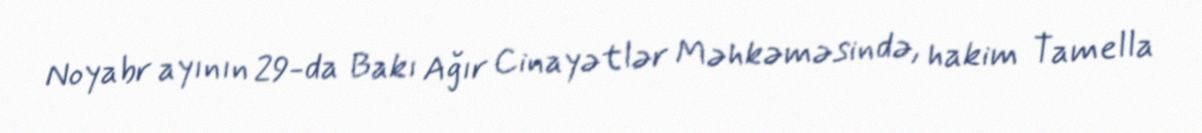
Noyabr ayının 29-da Bakı Ağır Cinayətlər Məhkəməsində, hakim Tamella